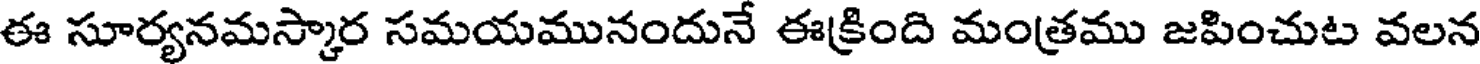
ఈ సూర్యనమస్కార సమయమునందునే ఈక్రింది మంత్రము జపించుట వలన